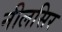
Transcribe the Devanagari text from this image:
नीलसिर